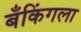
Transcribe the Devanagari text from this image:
बँकिंगला